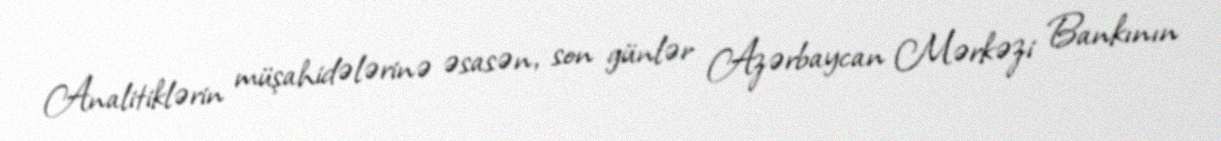
Analitiklərin müşahidələrinə əsasən, son günlər Azərbaycan Mərkəzi Bankının